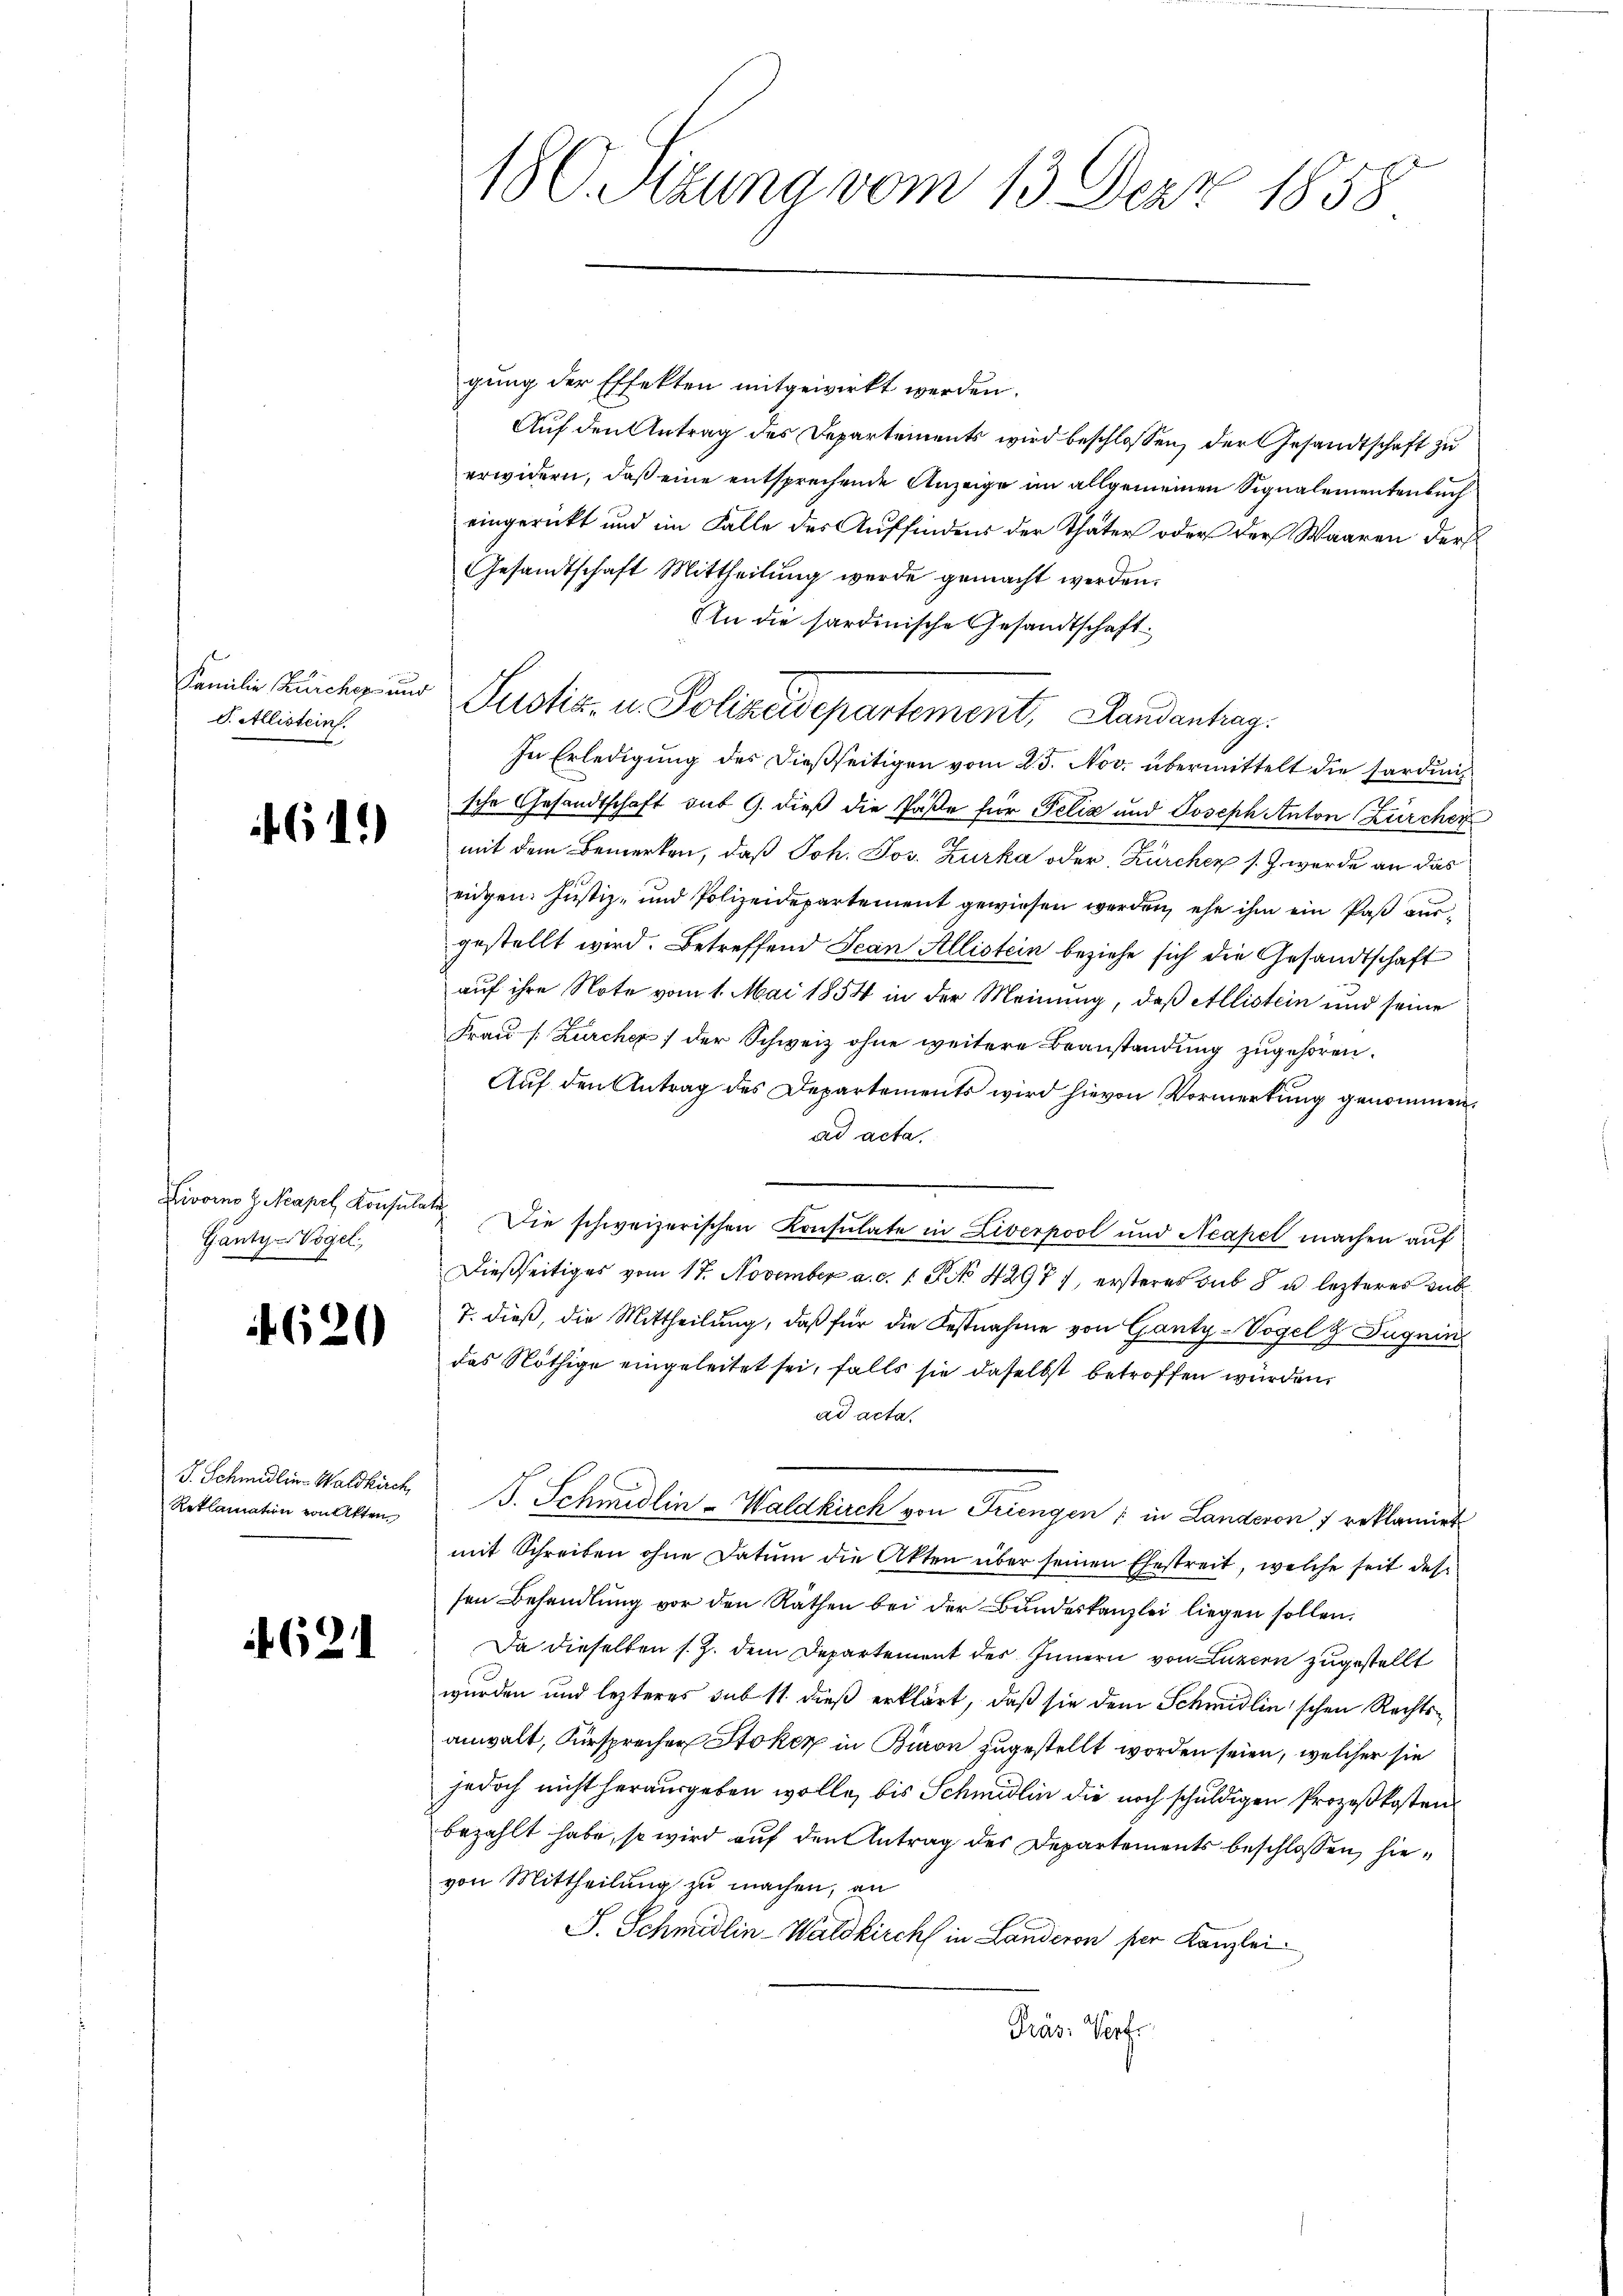
Familie Kircher und
S. Allistein.

61.)

Livorno H. Neapel, Konsula
Ganty-Vogel,

620

S. Schmidlin-Waldkirch
Reklamation von Alten,

621

180. Sitzung vom 13. Derz 1858

gung der Effekten mitgewirkt werden.
Auf den Antrag des Departements wird beschlossen, der Gesandtschaft zu
erwidern, daß eine entsprechende Anzeige im allgemeinen Signalementenbuch
eingerückt und im Falle des Auffinden der Thäter oder der Waaren der
Gesandtschaft Mittheilung werde gemacht werden.
An die sardinische Gesandtschaft
Justiz- u. Polizeidepartement, Landantrag.
In Erledigung des dießseitigen vom 25. Nov. übermittelt die sardinische Gesandtschaft sub 9. dieß die Paße für Felix und Joseph Anton Zürcher
mit dem Bemerken, daß Joh. Jos. Zurka oder Kircher s. Z. wurde an das
eidgen. Justiz- und Polizeidepartement gewiesen werden, ehe ihm ein Paß ausgestellt wird. Betreffend Jean Allistein beziehe sich die Gesandtschaft
auf ihre Note vom 1. Mai 1854 in der Meinung, daß Allistein und seine
Frau (: Zürcher) der Schweiz ohne weitere Beanstandung zugehören.
Auf den Antrag des Departements wird hievon Vormerkung genommen.
ad acta.
 Die schweizerischen Konsulate in Liverpool und Neapel machen auf
Dießseitiges vom 17. November a. c. 1 S. 4297), ersteres sub 8 u. lezteres Leb
7. dieß, die Mittheilung, daß für die Festnahme von Ganty-Vogel & Tugnin
das Nöthige eingeleitet sei, falls sie daselbst betroffen wurden.
ad acta.
. Schmidlin-Waldkirch von Triengen; in Landeron 7 reklamirt
mit Schreiben ohne Datum die Akten über seinen Ehestreit, welche seit des
sen Behandlŭng vor den Rathen bei der Bŭndeskanzlei liegen sollen.
Da dieselben s. Z. dem Departement des Innern von Luzern zugestellt
wurden und lezteres sub 11. dieß erklärt, daß sie dem Schmidlin'schen Rechtsanwalt, Fürsprecher Stoker in Bion zugestellt worden seien, welcher sie
jedoch nicht herausgeben wolle, bis Schmidlin die noch schuldigen Prozeßkosten
bezahlt habe, so wird auf den Antrag des Departements beschlossen, hievon Mittheilung zu machen, an
J. Schmidlin-Waldkirchs in Landeren per Kanzlei.
Präs. Vorfr